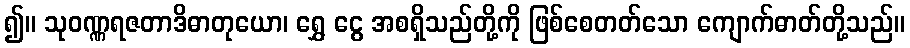
၍။ သုဝဏ္ဏရဇတာဒိဓာတုယော၊ ရွှေ ငွေ အစရှိသည်တို့ကို ဖြစ်စေတတ်သော ကျောက်ဓာတ်တို့သည်။